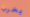
يخرب